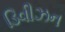
ડિવીઝન